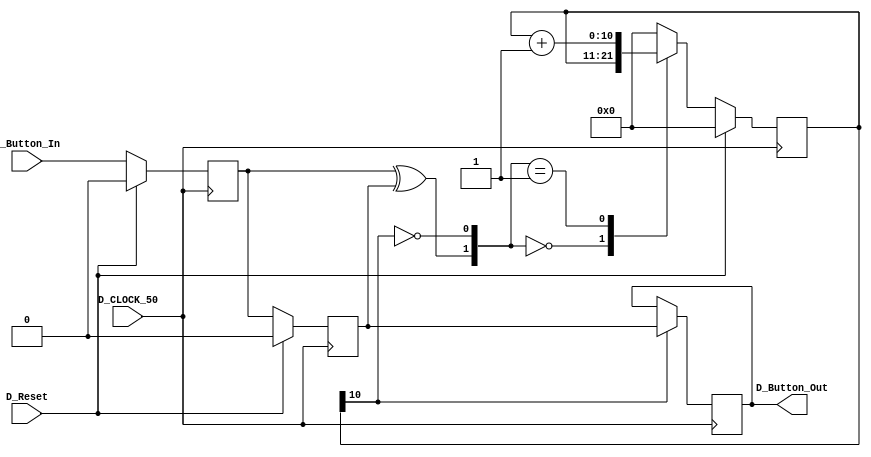
// D_v.v
//https://eewiki.net/pages/viewpage.action?pageId=13599139

//////////////////////// Button Der ///////////////////////////////////////
//***********************************************************************
// FPGA: MachXO2 7000HE
// IDE: Diamond 2.0.1 
//
// HDL IS PROVIDED "AS IS." DIGI-KEY EXPRESSLY DISCLAIMS ANY
// WARRANTY OF ANY KIND, WHETHER EXPRESS OR IMPLIED, INCLUDING BUT NOT
// LIMITED TO, THE IMPLIED WARRANTIES OF MERCHANTABILITY, FITNESS FOR A
// PARTICULAR PURPOSE, OR NON-INFRINGEMENT. IN NO EVENT SHALL DIGI-KEY
// BE LIABLE FOR ANY INCIDENTAL, SPECIAL, INDIRECT OR CONSEQUENTIAL
// DAMAGES, LOST PROFITS OR LOST DATA, HARM TO YOUR EQUIPMENT, COST OF
// PROCUREMENT OF SUBSTITUTE GOODS, TECHNOLOGY OR SERVICES, ANY CLAIMS
// BY THIRD PARTIES (INCLUDING BUT NOT LIMITED TO ANY DEFENSE THEREOF),
// ANY CLAIMS FOR INDEMNITY OR CONTRIBUTION, OR OTHER SIMILAR COSTS.
// DIGI-KEY ALSO DISCLAIMS ANY LIABILITY FOR PATENT OR COPYRIGHT
// INFRINGEMENT.
//
// Version History
// Version 1.0 04/11/2013 Tony Storey
// Initial Public Release
// Small Footprint Button Dr
///////////////////////////////////////////////////////////////////////////
module  DeBounce
	(
		D_CLOCK_50, 
		D_Reset,
		D_Button_In,
		D_Button_Out
		
	);
//=======================================================
//  PORT declarations
//=======================================================

//---------------Input-----------------------------------	
	input 		D_CLOCK_50;
	input			D_Reset; 
	input			D_Button_In;			
//---------------Output-----------------------------------
	output reg 	D_Button_Out;		

//=======================================================
//  PARAMETER declarations
//=======================================================

//// ---------------- internal constants --------------
	parameter N = 11 ;		// (2^ (21-1) )/ 38 MHz =  ms D time
	
//=======================================================
//  REG/WIRE declarations
//=======================================================
	reg  [N-1 : 0]	q_reg;							// timing regs
	reg  [N-1 : 0]	q_next;
	reg DFF1, DFF2;									// input flip-flops
	wire q_add;											// control flags
	wire q_reset;
//// ------------------------------------------------------
//=======================================================
//  Assignaments
//=======================================================
////contenious assignment for counter control
	assign 	q_reset = (DFF1  ^ DFF2);		// xor input flip flops to look for level chage to reset counter
	assign  	q_add = ~(q_reg[N-1]);			// add to counter when q_reg msb is equal to 0
	
//=======================================================
//  Structural coding
//=======================================================

//// -----------------COMBINATIONAL----------------------------
//// combo counter to manage q_next	
	always @ ( q_reset, q_add, q_reg)
		begin
			case( {q_reset , q_add})
			
				2'b00 : q_next <= q_reg;						
				2'b01 : q_next <= q_reg + 1;
				default : q_next <= { N {1'b0} };
						
			endcase 	
		end
//// -----------------SEQUENTIAL----------------------------	
//// Flip flop inputs and q_reg update
	always @ ( posedge D_CLOCK_50 )
		begin
			if(D_Reset ==  1'b1)
				begin
					DFF1 <= 1'b0;
					DFF2 <= 1'b0;
					q_reg <= { N {1'b0} };
				end
			else
				begin
					DFF1 <= D_Button_In;
					DFF2 <= DFF1;
					q_reg <= q_next;
				end
		end
	
//// counter control
	always @ ( posedge D_CLOCK_50 )
		begin
			if(q_reg[N-1] == 1'b1)
					D_Button_Out <= DFF2;
			else
					D_Button_Out <= D_Button_Out;
		end

	endmodule